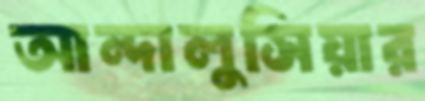
আন্দালুসিয়ার